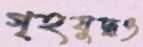
গৃহযুদ্ধও